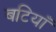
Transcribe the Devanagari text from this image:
बटियाँ